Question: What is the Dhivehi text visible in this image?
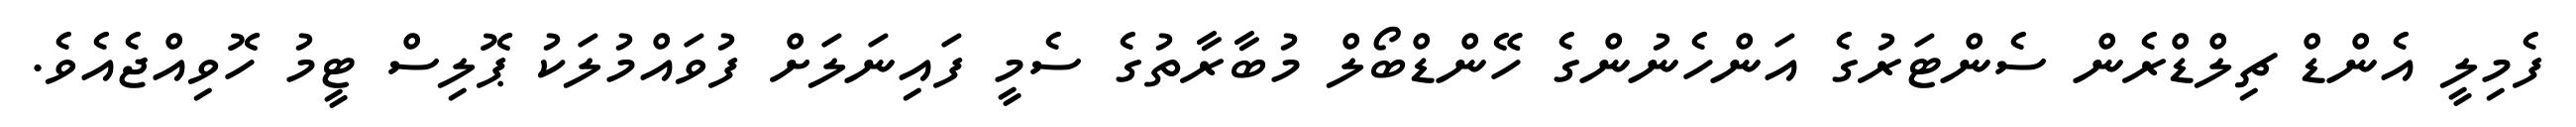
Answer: ފެމިލީ އެންޑް ޗިލްޑްރެން ސެންޓަރުގެ އަންހެނުންގެ ހޭންޑްބޯލް މުބާރާތުގެ ސެމީ ފައިނަލަށް ފުވައްމުލަކު ޕޮލިސް ޓީމު ހޮވިއްޖެއެވެ.